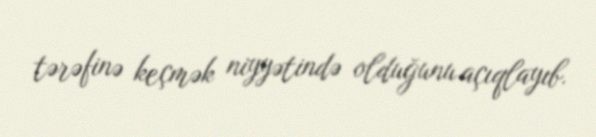
tərəfinə keçmək niyyətində olduğunu açıqlayıb.